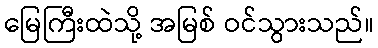
မြေကြီးထဲသို့ အမြစ် ဝင်သွားသည်။